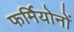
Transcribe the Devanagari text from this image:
फर्मियोनों